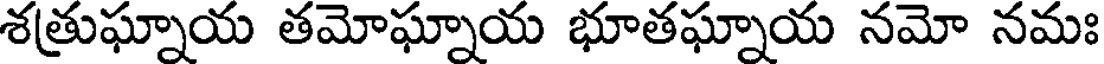
శత్రుఘ్నాయ తమోఘ్నాయ భూతఘ్నాయ నమో నమః